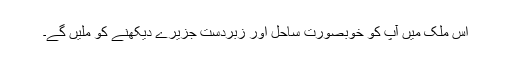
اس ملک میں آپ کو خوبصورت ساحل اور زبردست جزیرے دیکھنے کو ملیں گے۔